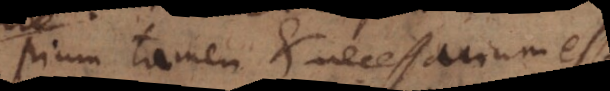
pium tamen et necessarium ess